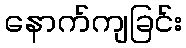
နောက်ကျခြင်း